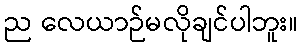
ည လေယာဉ်မလိုချင်ပါဘူး။